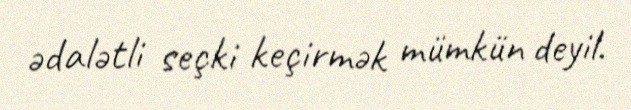
ədalətli seçki keçirmək mümkün deyil.